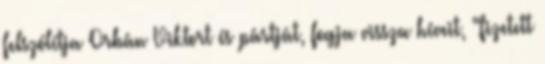
felszólítja Orbán Viktort és pártját, fogja vissza híveit, "fizetett